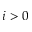
i > 0